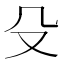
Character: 殳